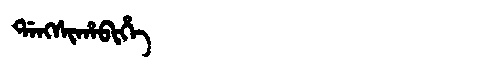
Manchu: ᡩᠠᠩᠰᡳᡥᠠᠪᡳᡥᡝ
Romanization: DANGSIHABIHE